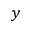
y